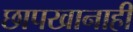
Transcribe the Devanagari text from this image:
छापखानाही